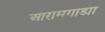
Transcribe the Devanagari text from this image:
आरामगाड्या